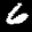
Label: 6